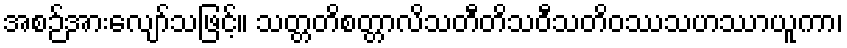
အစဉ်အားလျော်သဖြင့်။ သတ္တတိစတ္တာလိသတီတိသဝီသတိဝဿသဟဿာယူကာ၊